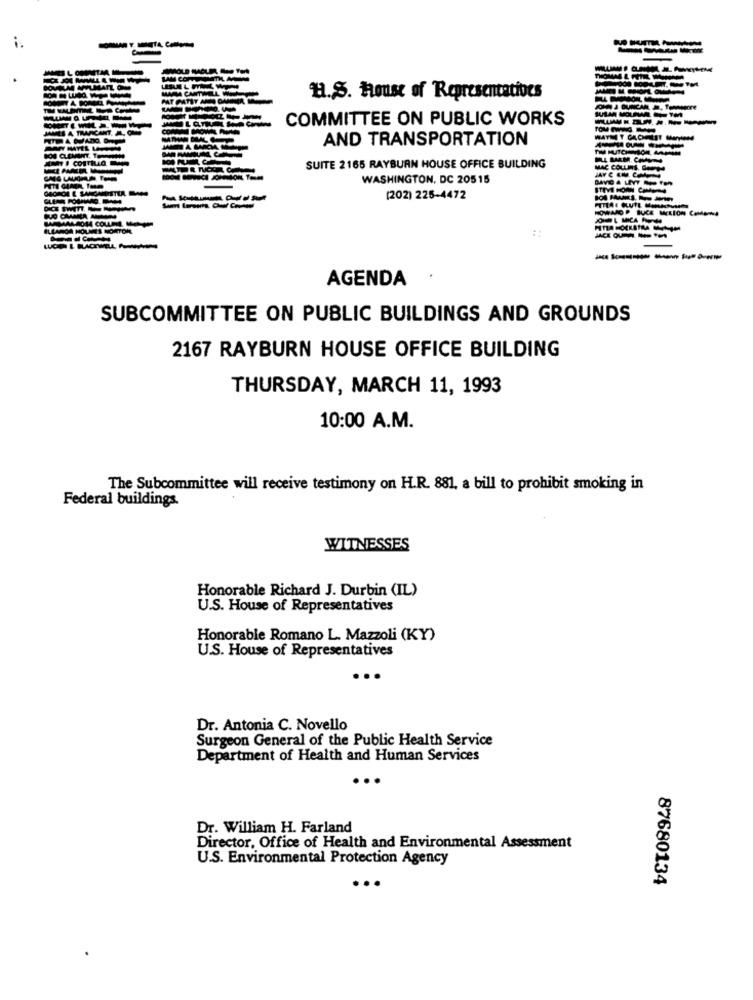
H.S. House of Representatives
COMMITTEE ON PUBLIC WORKS
AND TRANSPORTATION
SUITE 2165 RAYBURN HOUSE OFFICE BUILDING
MAC COLLINS, Op
WASHINGTON, DC 20515
STEVE HORN COMUM
(202) 225-4472
HOWARD P. BUCE MELION COMonNA
4 COLUM
--------
AGENDA
SUBCOMMITTEE ON PUBLIC BUILDINGS AND GROUNDS
2167 RAYBURN HOUSE OFFICE BUILDING
THURSDAY, MARCH 11, 1993
10:00 A.M.
The Subcommittee will receive testimony on H.R. 881, a bill to prohibit smoking in
Federal buildings.
WITNESSES
Honorable Richard J. Durbin (IL)
U.S. House of Representatives
Honorable Romano L. Mazzoli (KY)
U.S. House of Representatives
..
Dr. Antonia C. Novello
Surgeon General of the Public Health Service
Department of Health and Human Services
Dr. William H. Farland
Director, Office of Health and Environmental Assessment
U.S. Environmental Protection Agency
87680134